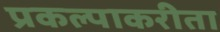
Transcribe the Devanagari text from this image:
प्रकल्पाकरीता